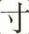
寸